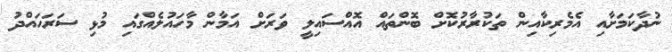
ނުދާކަމަށާއި އެމެރިކާއިން ތަކުރާރުކޮށް ބޮންތައް އޮއްސައިލީ ވަރަށް އަމާން މާހައުލެއްގައި މުޅި ސަރަހައްދު